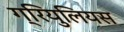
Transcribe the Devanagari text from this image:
ग्रियुलियस